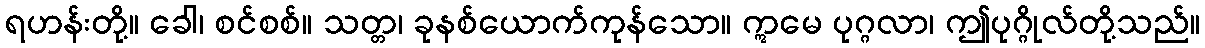
ရဟန်းတို့။ ခေါ၊ စင်စစ်။ သတ္တ၊ ခုနစ်ယောက်ကုန်သော။ ဣမေ ပုဂ္ဂလာ၊ ဤပုဂ္ဂိုလ်တို့သည်။